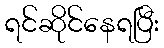
ရင်ဆိုင်နေရပြီး